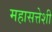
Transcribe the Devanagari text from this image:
महासत्तेशी